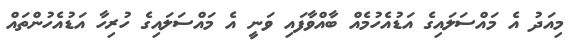
މިއަދު އެ މައްސަލައިގެ އަޑުއެހުމެއް ބާއްވާފައި ވަނީ އެ މައްސަލައިގެ ހުރިހާ އަޑުއެހުންތައް